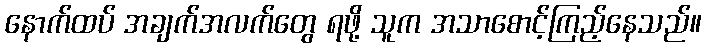
နောက်ထပ် အချက်အလက်တွေ ရဖို့ သူက အသာစောင့်ကြည့်နေသည်။